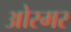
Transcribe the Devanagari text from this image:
ओस्मर